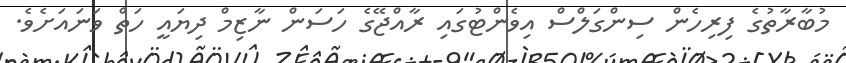
މުބާރާތުގެ ފިރިހެން ސިންގަލްސް އިވެންޓުގައި ރާއްޖޭގެ ހަސަން ނާޒިމް ދިޔައީ ހަތް ވަނައަށެވެ.